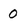
Character: 0